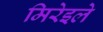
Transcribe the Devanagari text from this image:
मिरेइले